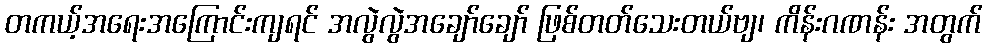
တကယ့်အရေးအကြောင်းကျရင် အလွဲလွဲအချော်ချော် ဖြစ်တတ်သေးတယ်ဗျ၊ ကိန်းဂဏန်း အတွက်